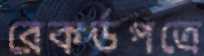
রেকর্ডপত্রে